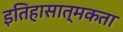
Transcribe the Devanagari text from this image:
इतिहासात्मकता